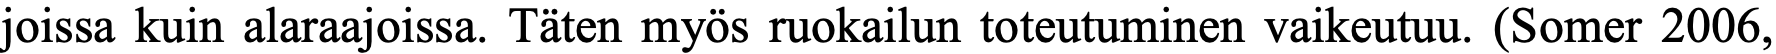
joissa kuin alaraajoissa. Täten myös ruokailun toteutuminen vaikeutuu. (Somer 2006,